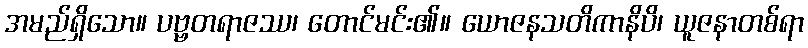
အမည်ရှိသော။ ပဗ္ဗတရာဇဿ၊ တောင်မင်း၏။ ယောဇနသတိကာနိပိ၊ ယူဇနာတစ်ရာ